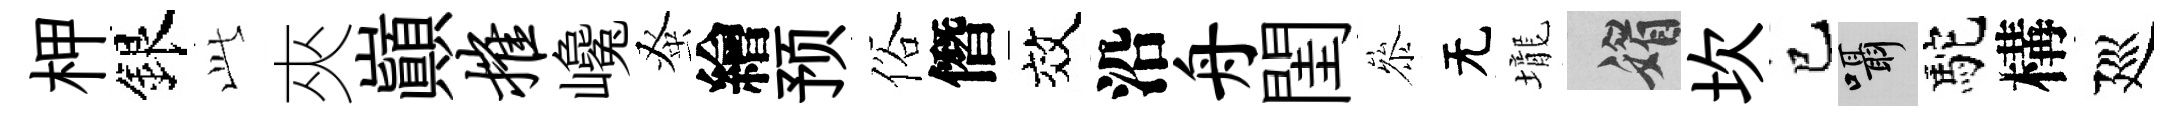
柙銀𬼘夾巔摧巉𫊫繪预俗僭效沿舟閨叅无壠媚坎巳囁駝構廵